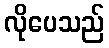
လိုပေသည်